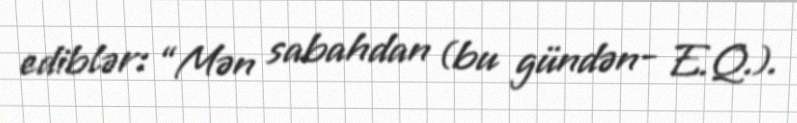
ediblər: “Mən sabahdan (bu gündən- E.Q.).